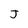
Character: J